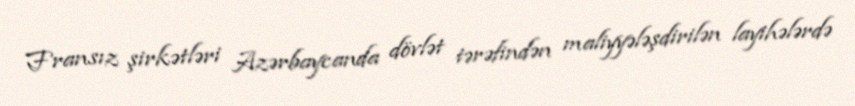
Fransız şirkətləri Azərbaycanda dövlət tərəfindən maliyyələşdirilən layihələrdə